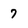
Character: 7